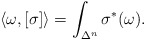
\begin{align*}\langle\omega,[\sigma]\rangle = \int_{\Delta^n}\sigma^*(\omega).\end{align*}